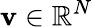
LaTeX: \mathbf{v}\in\mathbb{R}^{N}